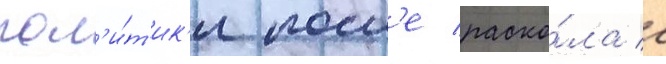
пол'и́т'ик'и посл'е раско́ла с